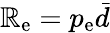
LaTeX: \mathbb{R}_{\mathrm{{e}}}=p_{\mathrm{{e}}}\bar{{d}}